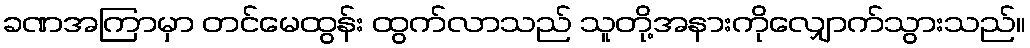
ခဏအကြာမှာ တင်မေထွန်း ထွက်လာသည် သူတို့အနားကိုလျှောက်သွားသည်။